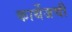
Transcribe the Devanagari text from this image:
कार्थेजची